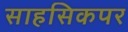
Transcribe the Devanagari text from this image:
साहसिकपर